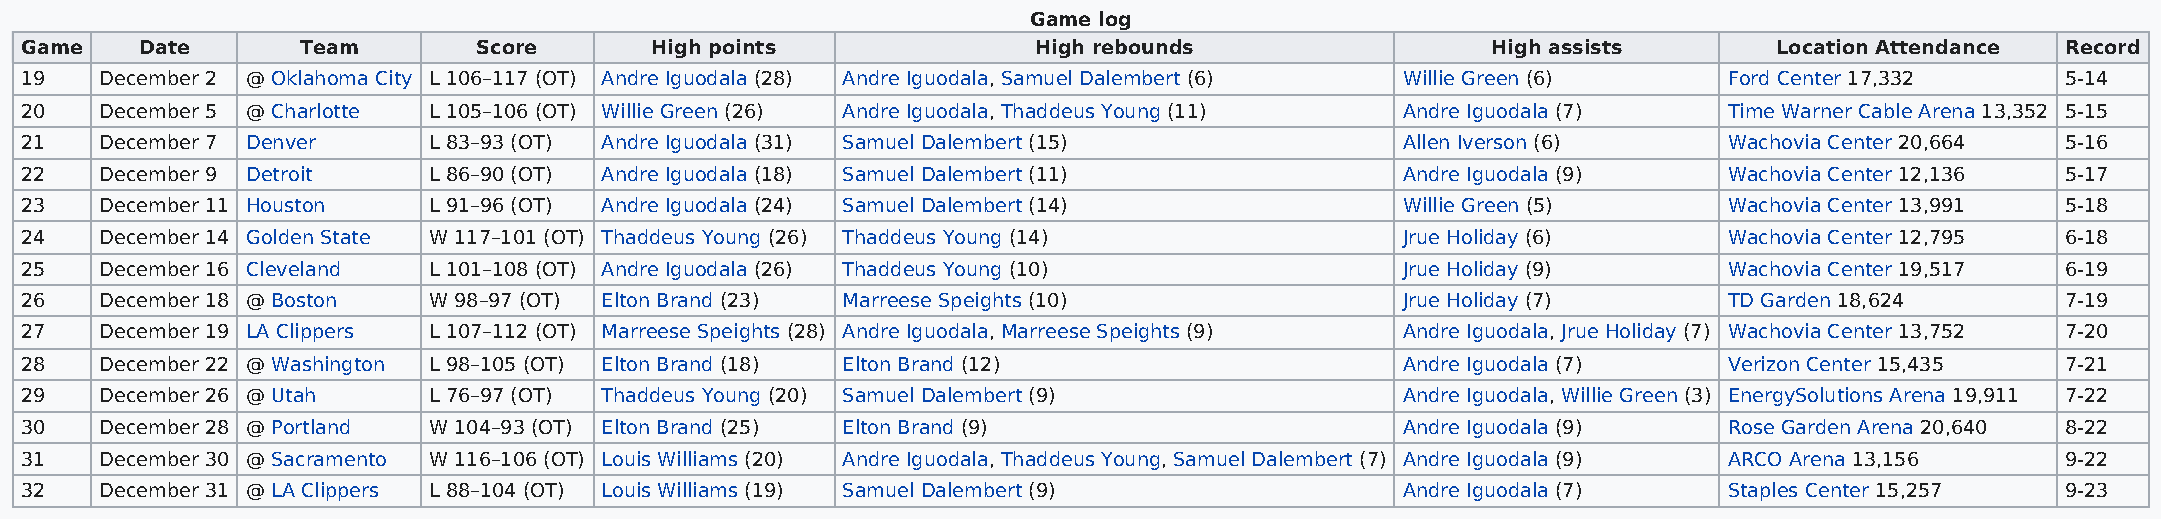
Game log
 Game    Date       Team        Score      High points               High rebounds                 High assists       Location Attendance Record
 19    December 2 @ Oklahoma City L 106–117 (OT) Andre Iguodala (28) Andre Iguodala, Samuel Dalembert (6) Willie Green (6) Ford Center 17,332 5-14
 20    December 5 @ Charlotte L 105–106 (OT) Willie Green (26) Andre Iguodala, Thaddeus Young (11) Andre Iguodala (7) Time Warner Cable Arena 13,352 5-15
 21    December 7 Denver    L 83–93 (OT) Andre Iguodala (31) Samuel Dalembert (15)           Allen Iverson (6)    Wachovia Center 20,664 5-16
 22    December 9 Detroit   L 86–90 (OT) Andre Iguodala (18) Samuel Dalembert (11)           Andre Iguodala (9)   Wachovia Center 12,136 5-17
 23    December 11 Houston  L 91–96 (OT) Andre Iguodala (24) Samuel Dalembert (14)           Willie Green (5)     Wachovia Center 13,991 5-18
 24    December 14 Golden State W 117–101 (OT) Thaddeus Young (26) Thaddeus Young (14)       Jrue Holiday (6)     Wachovia Center 12,795 6-18
 25    December 16 Cleveland L 101–108 (OT) Andre Iguodala (26) Thaddeus Young (10)          Jrue Holiday (9)     Wachovia Center 19,517 6-19
 26    December 18 @ Boston W 98–97 (OT) Elton Brand (23) Marreese Speights (10)             Jrue Holiday (7)     TD Garden 18,624       7-19
 27    December 19 LA Clippers L 107–112 (OT) Marreese Speights (28) Andre Iguodala, Marreese Speights (9) Andre Iguodala, Jrue Holiday (7) Wachovia Center 13,752 7-20
 28    December 22 @ Washington L 98–105 (OT) Elton Brand (18) Elton Brand (12)              Andre Iguodala (7)   Verizon Center 15,435  7-21
 29    December 26 @ Utah   L 76–97 (OT) Thaddeus Young (20) Samuel Dalembert (9)            Andre Iguodala, Willie Green (3) EnergySolutions Arena 19,911 7-22
 30    December 28 @ Portland W 104–93 (OT) Elton Brand (25) Elton Brand (9)                 Andre Iguodala (9)   Rose Garden Arena 20,640 8-22
 31    December 30 @ Sacramento W 116–106 (OT) Louis Williams (20) Andre Iguodala, Thaddeus Young, Samuel Dalembert (7) Andre Iguodala (9) ARCO Arena 13,156 9-22
 32    December 31 @ LA Clippers L 88–104 (OT) Louis Williams (19) Samuel Dalembert (9)      Andre Iguodala (7)   Staples Center 15,257  9-23